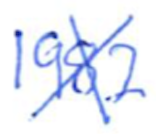
Text: 1982
Cross-out: cross
Writing tool: ballpoint